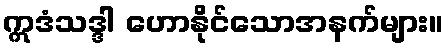
ဣဒံသဒ္ဒါ ဟောနိုင်သောအနက်များ။